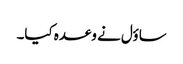
ساؤل نے وعدہ کیا۔